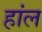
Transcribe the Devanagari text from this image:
हांल